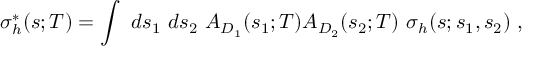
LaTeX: \sigma _ { h } ^ { * } ( s ; T ) = \int ~ d s _ { 1 } ~ d s _ { 2 } ~ A _ { D _ { 1 } } ( s _ { 1 } ; T ) A _ { D _ { 2 } } ( s _ { 2 } ; T ) ~ \sigma _ { h } ( s ; s _ { 1 } , s _ { 2 } ) ~ ,